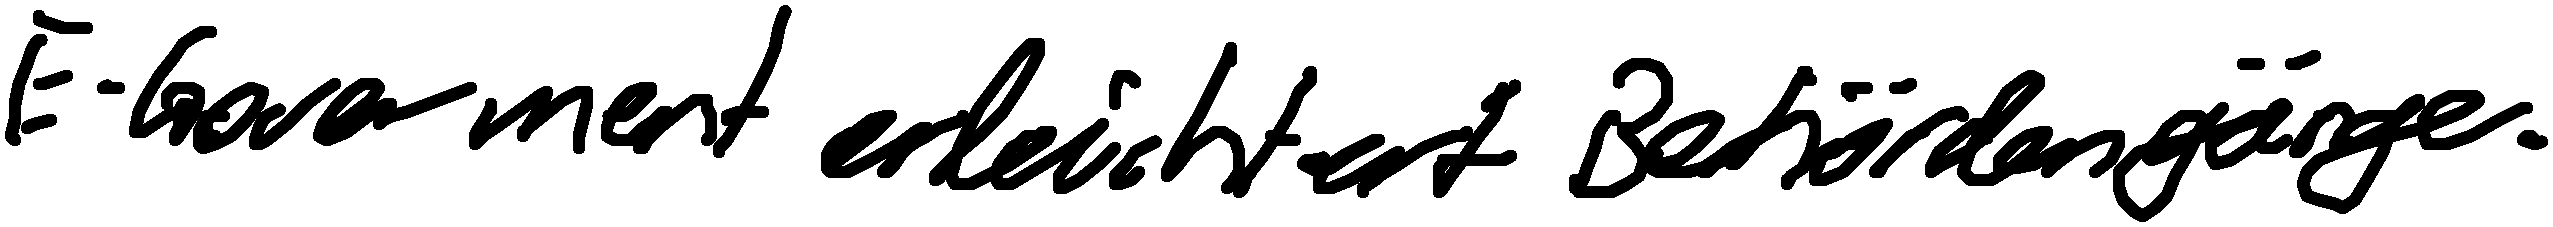
E-Government erleichtert Behördengänge.